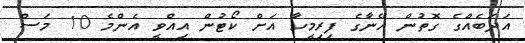
އަދަބެއްގެ ގޮތުން އޭނާގެ ފިރިމީހާ އަށް ކޯޓުން އިއްވީ އެންމެ 10 މަސް